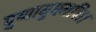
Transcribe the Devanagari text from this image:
पुष्पायुधमपि।।